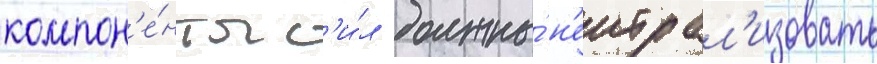
компон'е́нты с'и́л должны́ н'еитрал'изовать